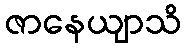
ဇာနေယျာသိ